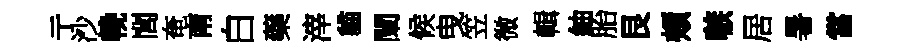
亍沙輓閭奄南白藥滓貓闡候曳笠微輯紬胎艮頰嗾居暑當